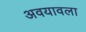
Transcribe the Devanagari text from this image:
अवयावला